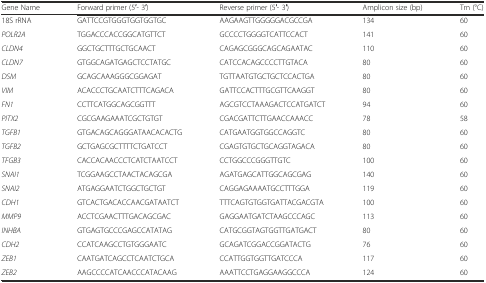
| Gene Name | Forward primer (5′- 3′) | Reverse primer (5′- 3′) | Amplicon size (bp) | Tm (°C) |
 | --- | --- | --- | --- | --- |
 | 18S rRNA | GATTCCGTGGGTGGTGGTGC | AAGAAGTTGGGGGACGCCGA | 134 | 60 |
 | POLR2A | TGGACCCACCGGCATGTTCT | GCCCCTGGGGTCATTCCACT | 141 | 60 |
 | CLDN4 | GGCTGCTTTGCTGCAACT | CAGAGCGGGCAGCAGAATAC | 110 | 60 |
 | CLDN7 | GTGGCAGATGAGCTCCTATGC | CATCCACAGCCCCTTGTACA | 80 | 60 |
 | DSM | GCAGCAAAGGGCGGAGAT | TGTTAATGTGCTGCTCCACTGA | 80 | 60 |
 | VIM | ACACCCTGCAATCTTTCAGACA | GATTCCACTTTGCGTTCAAGGT | 80 | 60 |
 | FN1 | CCTTCATGGCAGCGGTTT | AGCGTCCTAAAGACTCCATGATCT | 94 | 60 |
 | PITX2 | CGCGAAGAAATCGCTGTGT | CGACGATTCTTGAACCAAACC | 78 | 58 |
 | TGFB1 | GTGACAGCAGGGATAACACACTG | CATGAATGGTGGCCAGGTC | 80 | 60 |
 | TGFB2 | GCTGAGCGCTTTTCTGATCCT | CGAGTGTGCTGCAGGTAGACA | 80 | 60 |
 | TFGB3 | CACCACAACCCTCATCTAATCCT | CCTGGCCCGGGTTGTC | 100 | 60 |
 | SNAI1 | TCGGAAGCCTAACTACAGCGA | AGATGAGCATTGGCAGCGAG | 140 | 60 |
 | SNAI2 | ATGAGGAATCTGGCTGCTGT | CAGGAGAAAATGCCTTTGGA | 119 | 60 |
 | CDH1 | GTCACTGACACCAACGATAATCT | TTTCAGTGTGGTGATTACGACGTA | 100 | 60 |
 | MMP9 | ACCTCGAACTTTGACAGCGAC | GAGGAATGATCTAAGCCCAGC | 113 | 60 |
 | INHBA | GTGAGTGCCCGAGCCATATAG | CATGCGGTAGTGGTTGATGACT | 80 | 60 |
 | CDH2 | CCATCAAGCCTGTGGGAATC | GCAGATCGGACCGGATACTG | 76 | 60 |
 | ZEB1 | CAATGATCAGCCTCAATCTGCA | CCATTGGTGGTTGATCCCA | 117 | 60 |
 | ZEB2 | AAGCCCCATCAACCCATACAAG | AAATTCCTGAGGAAGGCCCA | 124 | 60 |